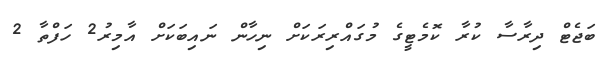
ބަޖެޓް ދިރާސާ ކުރާ ކޮމެޓީގެ މުގައްރިރަކަށް ނިހާން ނައިބަކަށް އާމިރު2 ހަފްތާ 2